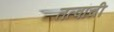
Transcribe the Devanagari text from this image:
तत्वांची